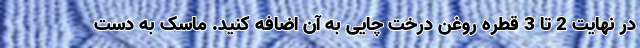
در نهایت 2 تا 3 قطره روغن درخت چایی به آن اضافه کنید. ماسک به دست